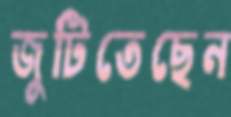
জুটিতেছেন